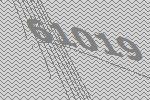
61019